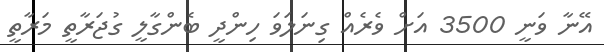
އޭނާ ވަނީ 3500 އަށް ވެރެއް ގިނަލަވަ ހިންދީ ބެންގާލީ ގުޖަރާތީ މަރާތީ